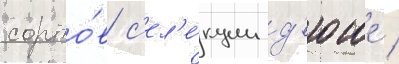
сорто́в с'ел'е́кции д'юше /